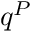
q ^ { P }